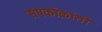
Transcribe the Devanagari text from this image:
संपर्काक्रांती